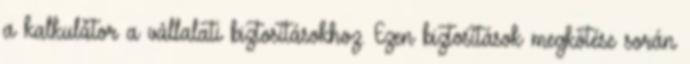
a kalkulátor a vállalati biztosításokhoz. Ezen biztosítások megkötése során